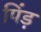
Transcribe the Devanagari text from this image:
पिंड़